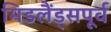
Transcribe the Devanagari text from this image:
मिडलैंड्सपूर्व